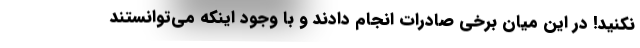
نکنید! در این میان برخی صادرات انجام دادند و با وجود اینکه می‌توانستند